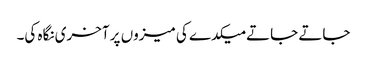
جاتے جاتے میکدے کی میزوں پر آخری نگاہ کی۔